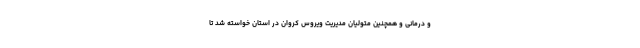
و درمانی و همچنین متولیان مدیریت ویروس کروان در استان خواسته شد تا